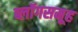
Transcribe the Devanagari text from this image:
ब्लॉगसमूह